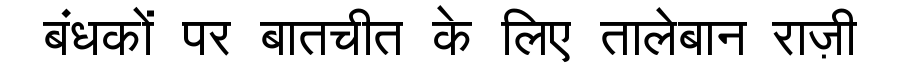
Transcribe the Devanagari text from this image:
बंधकों पर बातचीत के लिए तालेबान राज़ी